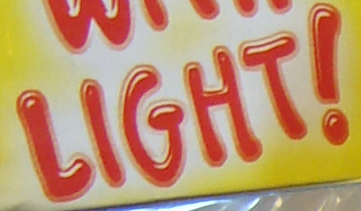
LIGHT!